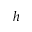
h